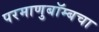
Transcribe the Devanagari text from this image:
परमाणुबॉम्बचा